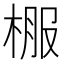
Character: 棴